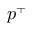
p ^ { + }